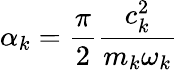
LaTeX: \alpha_{k}=\frac{\pi}{2}\frac{c_{k}^{2}}{m_{k}\omega_{k}}